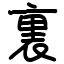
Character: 裏